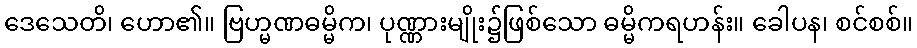
ဒေသေတိ၊ ဟော၏။ ဗြဟ္မဏဓမ္မိက၊ ပုဏ္ဏားမျိုး၌ဖြစ်သော ဓမ္မိကရဟန်း။ ခေါပန၊ စင်စစ်။